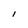
Character: l